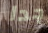
جدا